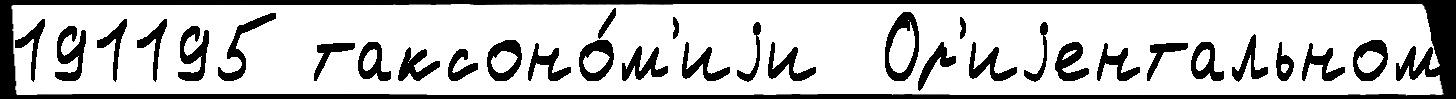
191195 таксоно́м'иjи  Ор'иjентальном